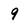
Character: 9